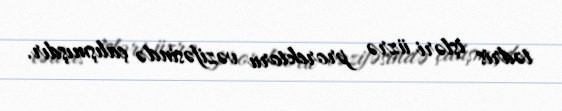
tədris işləri üzrə prorektoru vəzifəsində çalışmışdır.